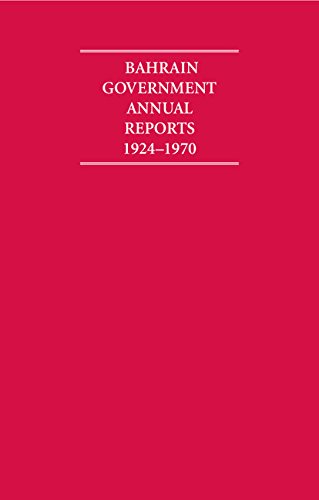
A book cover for Bahrain Government Annual Reports 1924-1970 8 Volume Set (Cambridge Archive Editions); History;